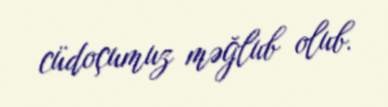
cüdoçumuz məğlub olub.